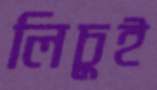
লিচুই